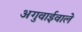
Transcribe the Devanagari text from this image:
अगुवाईवाले